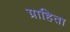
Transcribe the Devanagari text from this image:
ग्राहिता